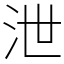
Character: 泄